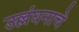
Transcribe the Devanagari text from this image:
उल्लंघनाचे